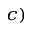
^ { c ) }